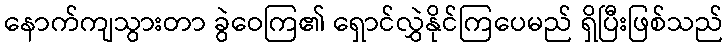
နောက်ကျသွားတာ ခွဲဝေကြ၏ ရှောင်လွှဲနိုင်ကြပေမည် ရှိပြီးဖြစ်သည်